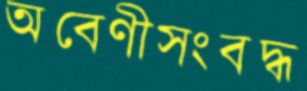
অবেণীসংবদ্ধ